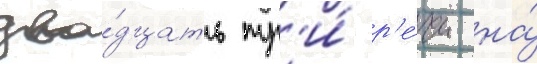
два́дцать тр'и́ р'е́чи на́